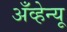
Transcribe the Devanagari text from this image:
अँव्हेन्यू